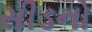
સીડનો